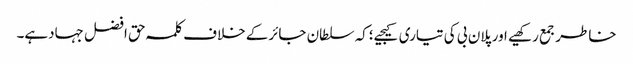
خاطرجمع رکھیے اورپلان بی کی تیاری کیجیے؛کہ سلطان جائرکے خلاف کلمہ حق افضل جہادہے۔